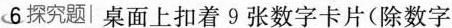
6探究题|桌面上扣着9张数字卡片(除数字